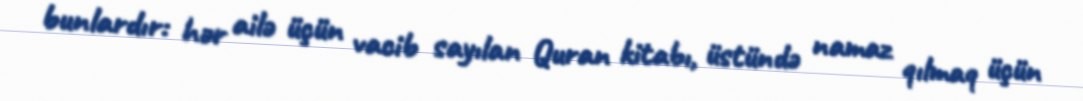
bunlardır: hər ailə üçün vacib sayılan Quran kitabı, üstündə namaz qılmaq üçün